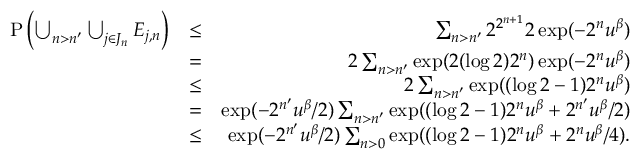
\begin{array} { r l r } { \mathrm { P } \left( \bigcup _ { n > n ^ { \prime } } \bigcup _ { j \in J _ { n } } E _ { j , n } \right) } & { \leq } & { \sum _ { n > n ^ { \prime } } 2 ^ { 2 ^ { n + 1 } } 2 \exp ( - 2 ^ { n } u ^ { \beta } ) } \\ & { = } & { 2 \sum _ { n > n ^ { \prime } } \exp ( 2 ( \log 2 ) 2 ^ { n } ) \exp ( - 2 ^ { n } u ^ { \beta } ) } \\ & { \leq } & { 2 \sum _ { n > n ^ { \prime } } \exp ( ( \log 2 - 1 ) 2 ^ { n } u ^ { \beta } ) } \\ & { = } & { \exp ( - 2 ^ { n ^ { \prime } } u ^ { \beta } / 2 ) \sum _ { n > n ^ { \prime } } \exp ( ( \log 2 - 1 ) 2 ^ { n } u ^ { \beta } + 2 ^ { n ^ { \prime } } u ^ { \beta } / 2 ) } \\ & { \leq } & { \exp ( - 2 ^ { n ^ { \prime } } u ^ { \beta } / 2 ) \sum _ { n > 0 } \exp ( ( \log 2 - 1 ) 2 ^ { n } u ^ { \beta } + 2 ^ { n } u ^ { \beta } / 4 ) . } \end{array}